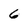
Character: 6